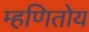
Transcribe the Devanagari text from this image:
म्हणितोय